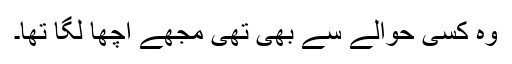
وہ کِسی حوالے سے بھی تھی مجھے اچھا لگا تھا۔